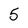
Character: 5